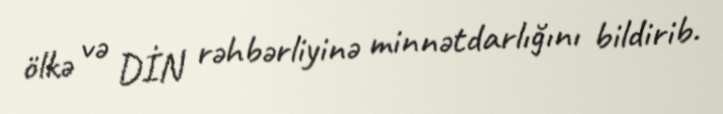
ölkə və DİN rəhbərliyinə minnətdarlığını bildirib.